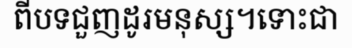
ពីបទជួញដូរមនុស្ស។ទោះជា